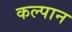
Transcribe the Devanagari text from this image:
कल्पान